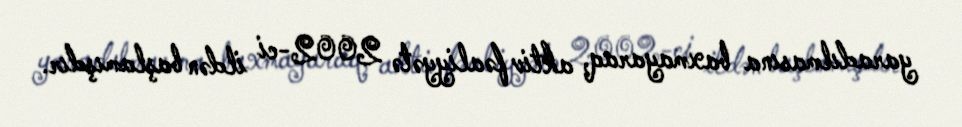
yaradılmasına baxmayaraq, aktiv fəaliyyətə 2002-ci ildən başlamışdır.